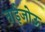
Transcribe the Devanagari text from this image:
ताईजोऊ